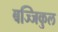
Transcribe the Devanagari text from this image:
बज्जिकुल